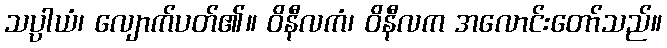
သပ္ပာယံ၊ လျောက်ပတ်၏။ ဝိနီလကံ၊ ဝိနီလက အလောင်းတော်သည်။